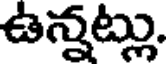
ఉన్నట్లు.